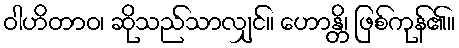
ဝါဟိတာဝ၊ ဆိုသည်သာလျှင်။ ဟောန္တိ၊ ဖြစ်ကုန်၏။